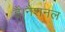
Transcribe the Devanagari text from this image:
हैं।नैशनल